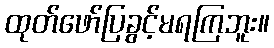
ထုတ်ဖော်ပြခွင့်မရကြဘူး။